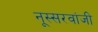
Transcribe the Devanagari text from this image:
नूस्सरवांजी